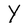
Character: Y